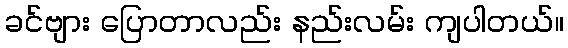
ခင်ဗျား ပြောတာလည်း နည်းလမ်း ကျပါတယ်။